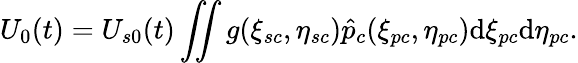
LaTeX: U_{0}(t)=U_{s0}(t)\iint g(\xi_{sc},\eta_{sc})\hat{p}_{c}(\xi_{pc},\eta_{pc})\mathrm{d}\xi_{pc}\mathrm{d}\eta_{pc}.